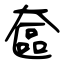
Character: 奩